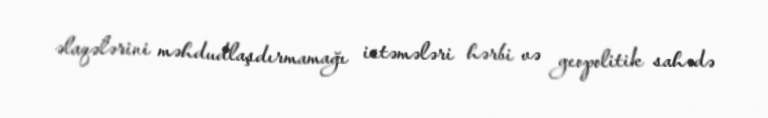
əlaqələrini məhdudlaşdırmamağı istəmələri hərbi və geopolitik sahədə